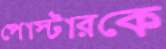
পোস্টারকে